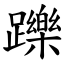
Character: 躒